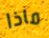
ماذا